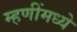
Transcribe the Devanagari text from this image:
म्हणींमध्ये